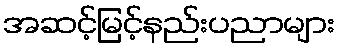
အဆင့်မြင့်နည်းပညာများ